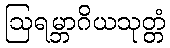
ဩရမ္ဘာဂိယသုတ္တံ